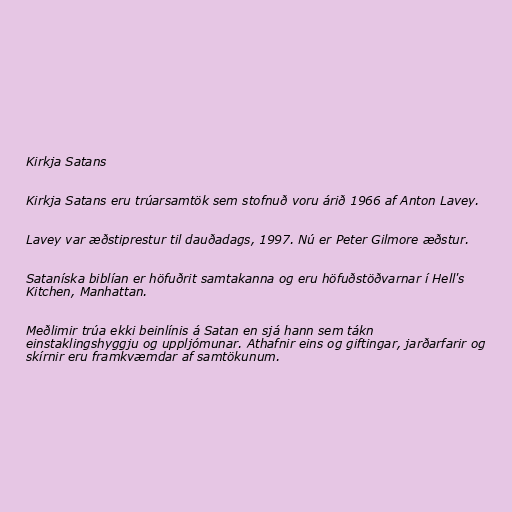
Kirkja Satans

Kirkja Satans eru trúarsamtök sem stofnuð voru árið 1966 af Anton Lavey.

Lavey var æðstiprestur til dauðadags, 1997. Nú er Peter Gilmore æðstur.

Sataníska biblían er höfuðrit samtakanna og eru höfuðstöðvarnar í Hell's
Kitchen, Manhattan.

Meðlimir trúa ekki beinlínis á Satan en sjá hann sem tákn
einstaklingshyggju og uppljómunar. Athafnir eins og giftingar, jarðarfarir og
skírnir eru framkvæmdar af samtökunum.